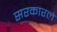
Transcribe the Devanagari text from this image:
सरकारले